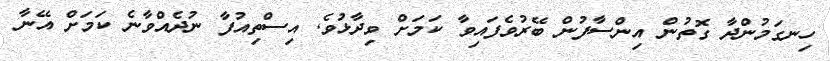
ހިނގަމުންދާ ގޮތުން އިންސާފުން ބޭރުވެފައިވާ ކަމަށް ވިދާޅުވެ